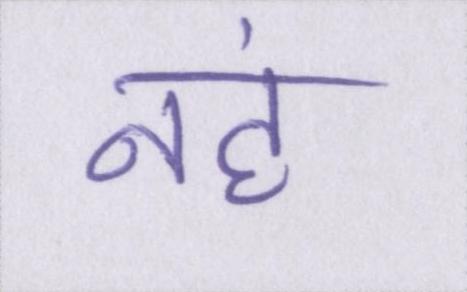
नहं